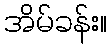
အိမ်ခန်း။